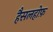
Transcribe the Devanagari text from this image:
हैसलहोफ़